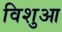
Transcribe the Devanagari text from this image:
विशुआ